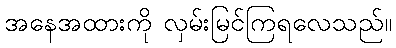
အနေအထားကို လှမ်းမြင်ကြရလေသည်။